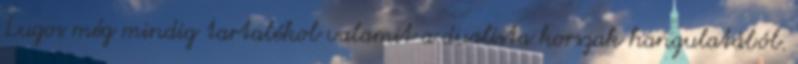
Lugos még mindig tartalékol valamit a dualista korszak hangulatából.